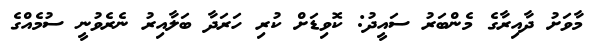
މާވަށު ދާއިރާގެ މެންބަރު ސައީދު: ކޮވިޑަށް ކުރި ހަރަދާ ބަލާއިރު ނެރެވުނީ ސުމެއްގެ